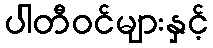
ပါတီဝင်များနှင့်